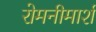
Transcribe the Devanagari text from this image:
रोमनीमार्श